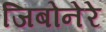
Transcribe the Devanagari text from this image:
जिबोनेरे